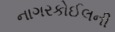
નાગરકોઈલની